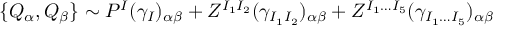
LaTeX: \{ Q _ { \alpha } , Q _ { \beta } \} \sim P ^ { I } ( \gamma _ { I } ) _ { \alpha \beta } + Z ^ { I _ { 1 } I _ { 2 } } ( \gamma _ { I _ { 1 } I _ { 2 } } ) _ { \alpha \beta } + Z ^ { I _ { 1 } \ldots I _ { 5 } } ( \gamma _ { I _ { 1 } \ldots I _ { 5 } } ) _ { \alpha \beta }